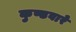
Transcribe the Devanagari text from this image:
कुण्डवारे